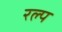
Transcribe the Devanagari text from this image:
रल्प